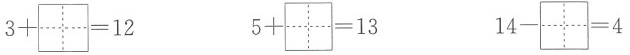
$$3+\aquare =12$$ $$5+\aquare =13$$ $$14-\aquare =4$$